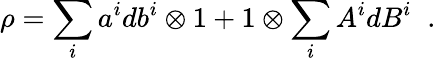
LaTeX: \rho=\sum_{i}a^{i}db^{i}\otimes 1+1\otimes\sum_{i}A^{i}dB^{i}\; \; .